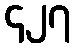
၄၂၇